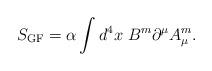
LaTeX: \begin{align*}S_{\rm GF}=\alpha\int d^4x\;B^m\partial^\mu A^m_\mu.\end{align*}